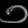
Digit: ၁